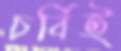
চর্বিই